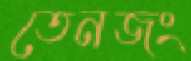
তেনজং